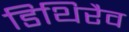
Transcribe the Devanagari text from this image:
डिथिरैव